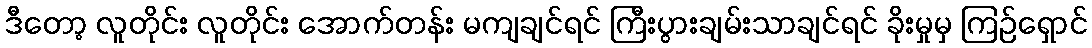
ဒီတော့ လူတိုင်း လူတိုင်း အောက်တန်း မကျချင်ရင် ကြီးပွားချမ်းသာချင်ရင် ခိုးမှုမှ ကြဉ်ရှောင်